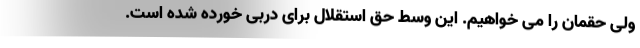
ولی حقمان را می خواهیم. این وسط حق استقلال برای دربی خورده شده است.